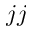
j j